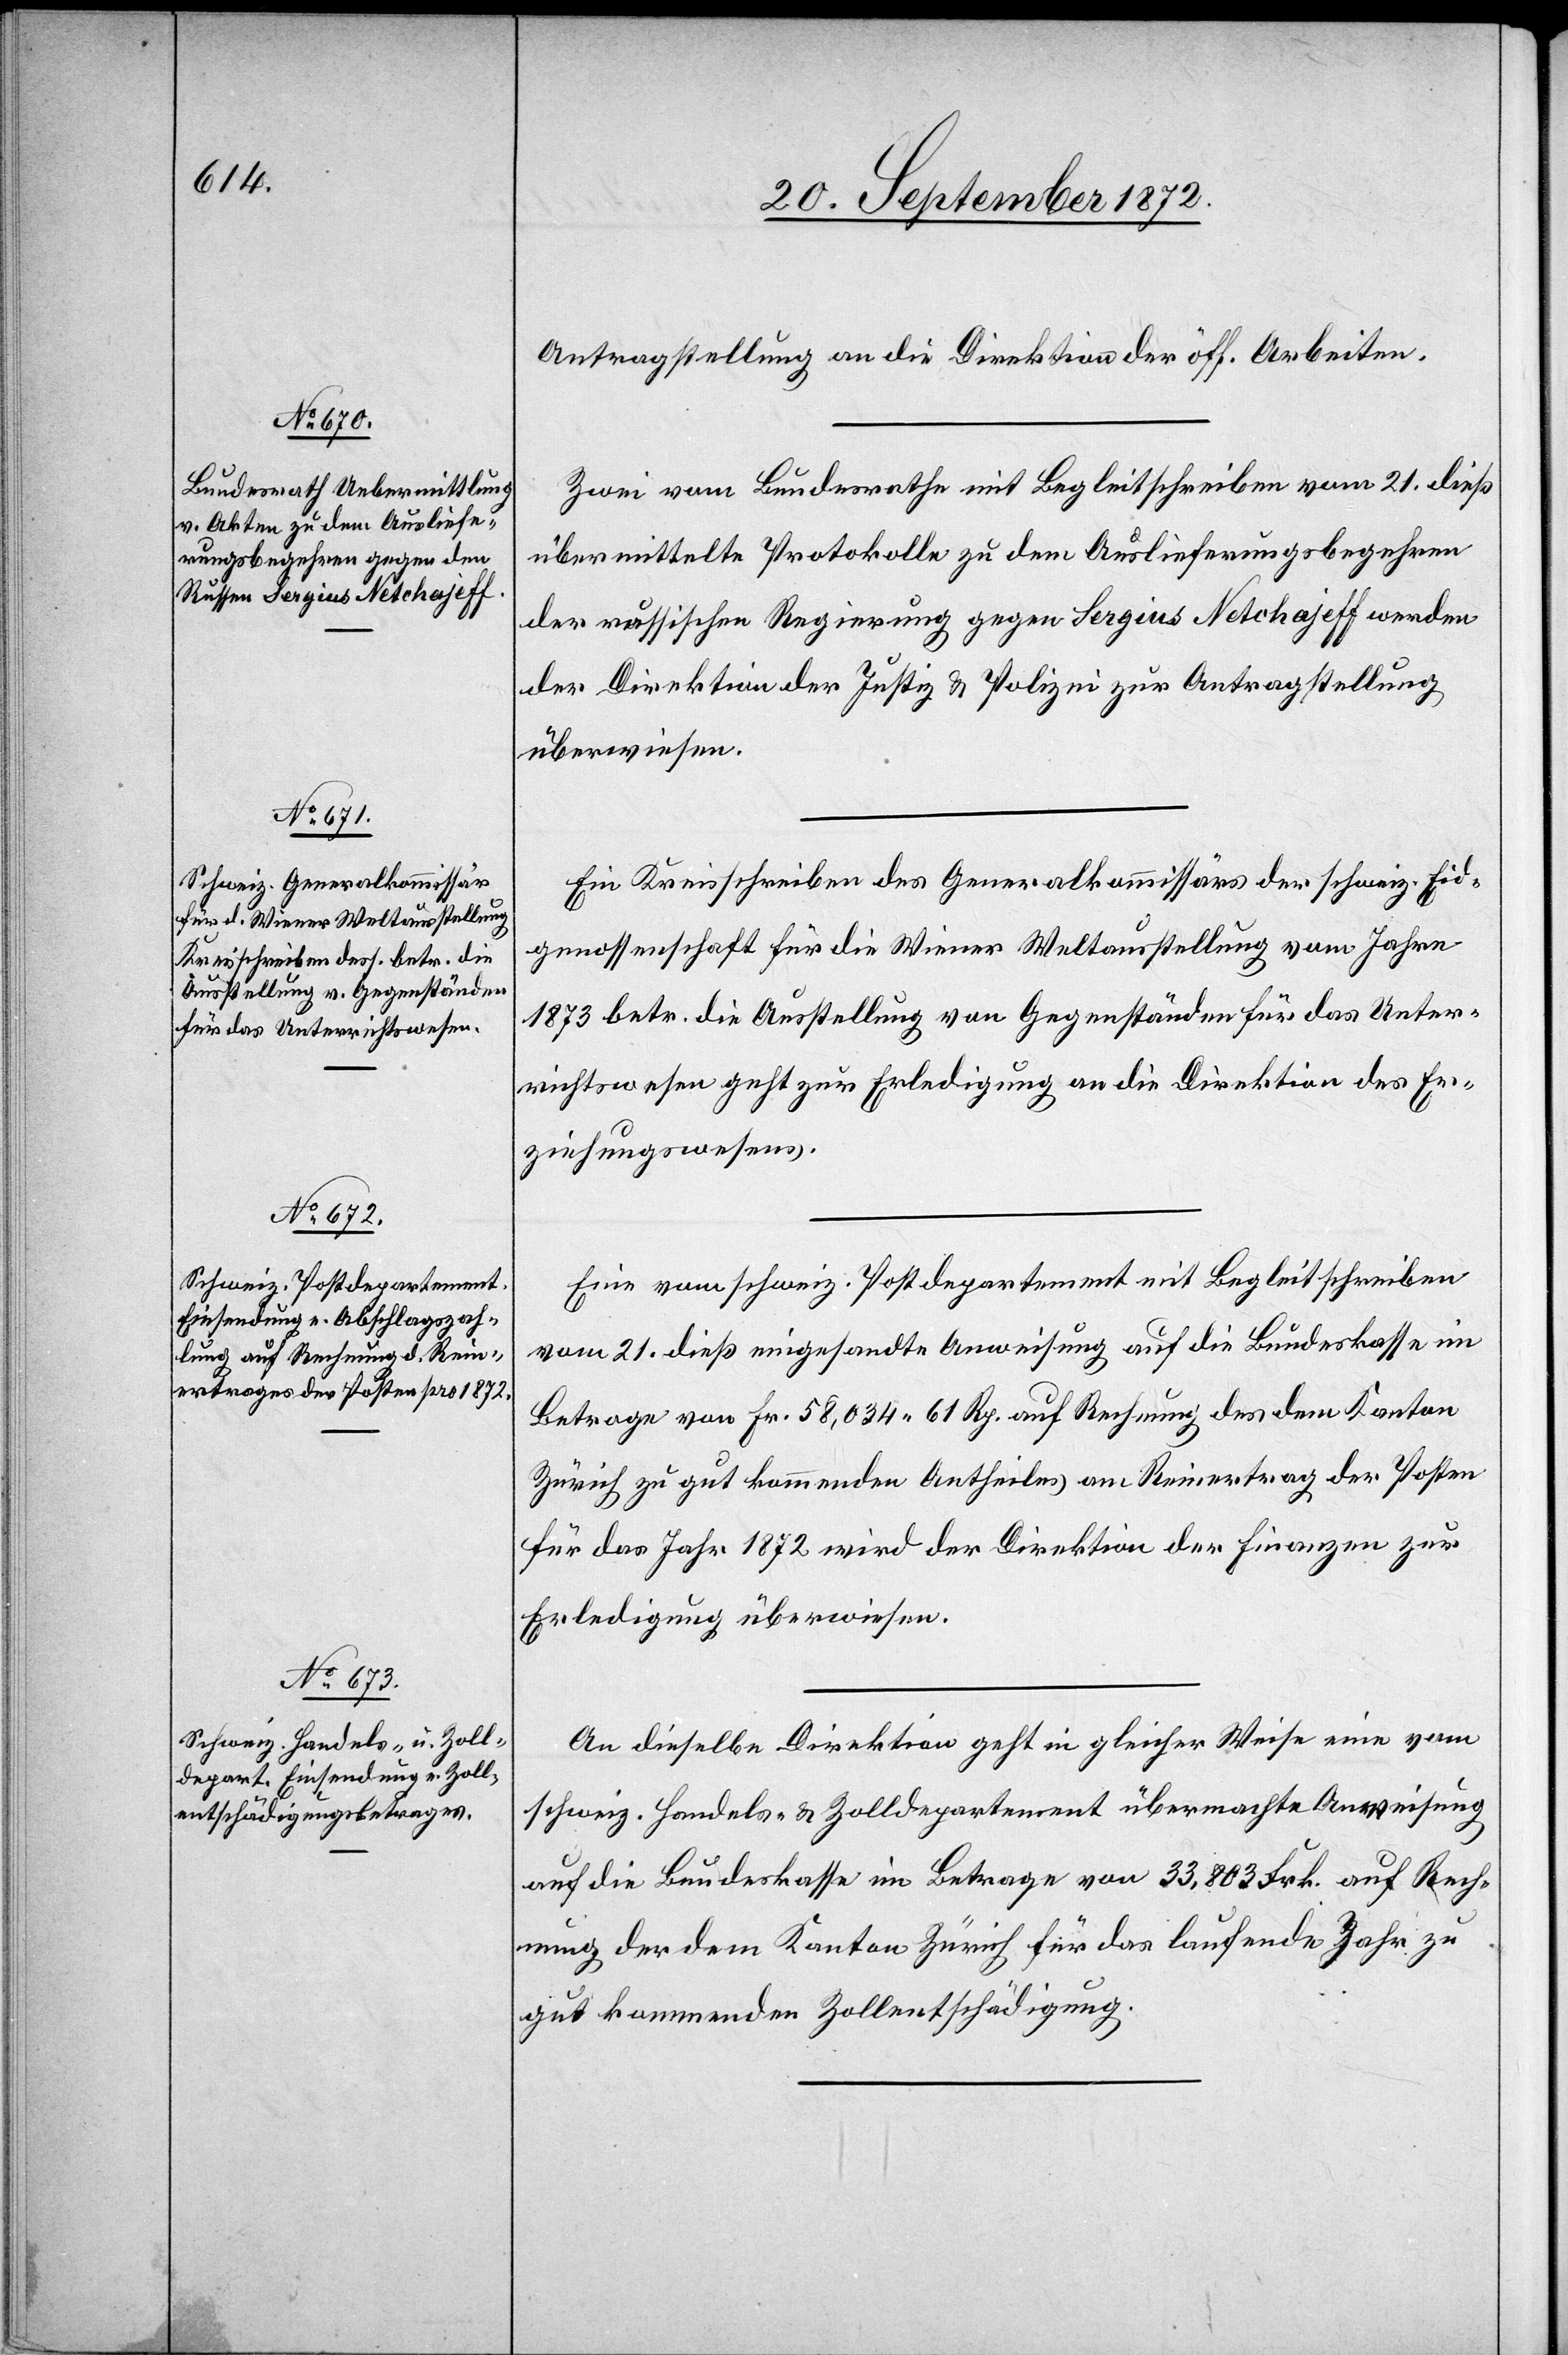
24. September 1872.]
Antragstellung an die Direktion der öff. Arbeiten.
Zwei vom Bundesrathe mit Begleitschreiben vom 21. dieß
übermittelte Protokolle zu dem Auslieferungsbegehren
der russischen Regierung gegen Sergius Netchajeff werden
der Direktion der Justiz u. Polizei zur Antragstellung
überwiesen.
Ein Kreisschreiben des Generalkommissärs der schweiz. Eid¬
genossenschaft für die Wiener Weltausstellung vom Jahre
1873 betr. die Ausstellung von Gegenständen für das Unter¬
richtswesen geht zur Erledigung an die Direktion des Er¬
ziehungswesens.
Eine vom schweiz. Postdepartement mit Begleitschreiben
vom 21. dieß eingesandte Anweisung auf die Bundeskasse im
Betrage von Fr. 58,034 61 Rp. auf Rechnung des dem Kanton
Zürich zu gut kommenden Antheiles am Reinertrag der Posten
für das Jahr 1872 wird der Direktion der Finanzen zur
Erledigung überwiesen.
An dieselbe Direktion geht in gleicher Weise eine vom
schweiz. Handels- u. Zolldepartement übermachte Anweisung
auf die Bundeskasse im Betrage von 33,803 Frk. auf Rech¬
nung der dem Kanton Zürich für das laufende Jahr zu
gut kommenden Zollentschädigung.